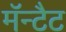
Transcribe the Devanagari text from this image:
मॅन्टैट